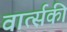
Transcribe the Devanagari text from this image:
वार्त्सकी